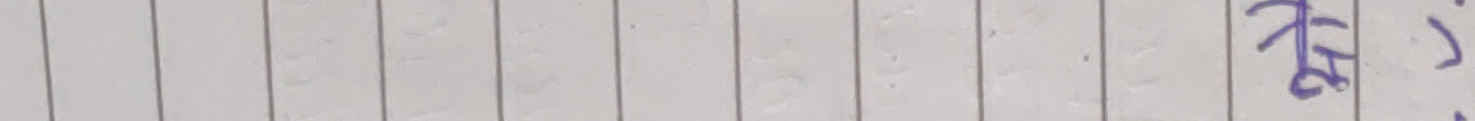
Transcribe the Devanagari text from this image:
स।